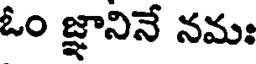
ఓం జ్ఞానినే నమః